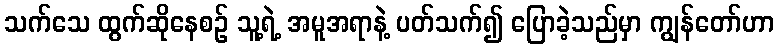
သက်သေ ထွက်ဆိုနေစဉ် သူ့ရဲ့ အမူအရာနဲ့ ပတ်သက်၍ ပြောခဲ့သည်မှာ ကျွန်တော်ဟာ